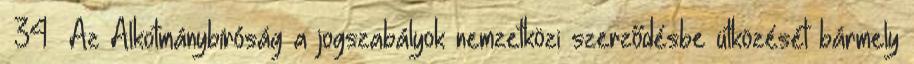
34 Az Alkotmánybíróság a jogszabályok nemzetközi szerződésbe ütközését bármely